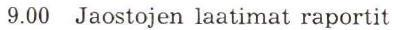
9.00 Jaostojen laatimat raportit